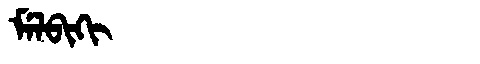
Manchu: ᠮᡝᠯᠪᡳᡴᡳ
Romanization: MELBIKI